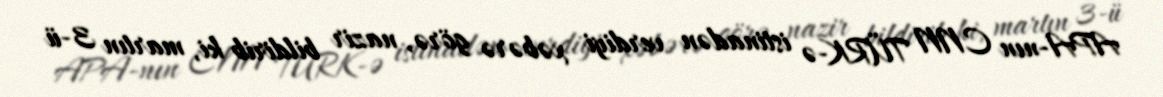
APA-nın CNN TÜRK-ə istinadən verdiyi xəbərə görə, nazir bildirib ki, martın 3-ü